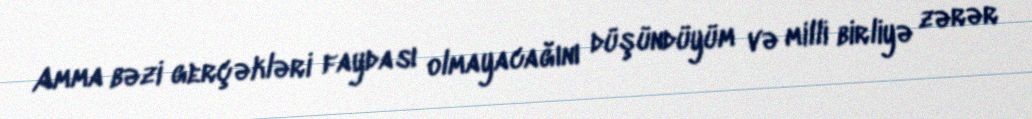
Amma bəzi gerçəkləri faydası olmayacağını düşündüyüm və milli birliyə zərər